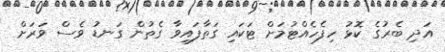
އަދި ބެރުގެ ކޮޅު ހިފެހެއްޓުމަށް ޓަކައިި ގަތާފައިވާ ގެތުން ގަނޑު ވެސް ވަރަށް